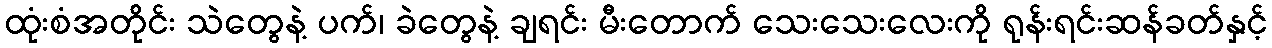
ထုံးစံအတိုင်း သဲတွေနဲ့ ပက်၊ ခဲတွေနဲ့ ချရင်း မီးတောက် သေးသေးလေးကို ရုန်းရင်းဆန်ခတ်နှင့်